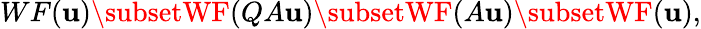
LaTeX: WF(\mathbf{u})\subsetWF(QA\mathbf{u})\subsetWF(A\mathbf{u})\subsetWF(\mathbf{u}),